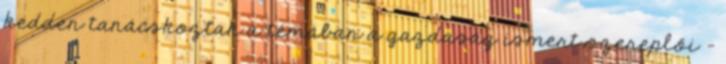
kedden tanácskoztak a témában a gazdaság ismert szereplői -